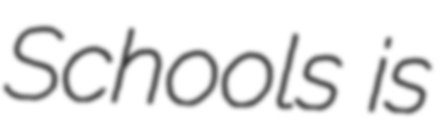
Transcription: Schools is